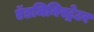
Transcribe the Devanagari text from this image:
ऍडमिनिस्ट्रेटर